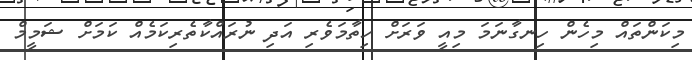
މިކަންތައް މިހެން ހިނގާނަމަ މިއީ ވަރަށް ހިތާމަވެރި އަދި ނުރައްކާތެރިކަމެއް ކަމަށް ޝަމީމް